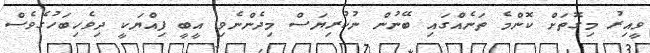
ވީއިރު މިގޮތަށް ކޮންމެ ތަނެއްގައި ބޭނުން ނުކުރިޔަސް މިދެންނެވި އީބީ ފިއްޔަކީ ދިވެހިބަހުގެވެސް